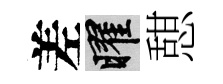
差曜憇